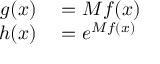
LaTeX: \begin{array} { r l } { g ( x ) } & { { } = M f ( x ) } \\ { h ( x ) } & { { } = e ^ { M f ( x ) } } \end{array}